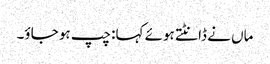
ماں نے ڈانٹتے ہوئے کہا: چپ ہو جاؤ۔